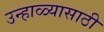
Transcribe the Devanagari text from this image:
उन्हाळ्यासाठी